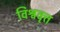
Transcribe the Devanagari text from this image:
विश्ववृत्त